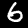
Label: 6